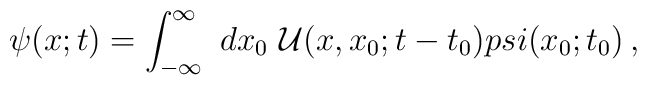
\psi (x; t) = \int_{-\infty}^{\infty}\ dx_0\ {\cal U}(x,x_0;t-t_0) \\psi(x_0;t_0)\, ,